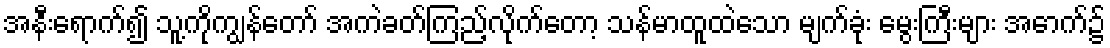
အနီးရောက်၍ သူ့ကိုကျွန်တော် အကဲခတ်ကြည့်လိုက်တော့ သန်မာထူထဲသော မျက်ခုံး မွေးကြီးများ အောက်၌